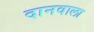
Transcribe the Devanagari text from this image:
दानवाला